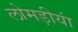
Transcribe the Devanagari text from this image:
लोमड़ीयां